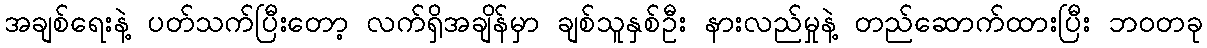
အချစ်ရေးနဲ့ ပတ်သက်ပြီးတော့ လက်ရှိအချိန်မှာ ချစ်သူနှစ်ဦး နားလည်မှုနဲ့ တည်ဆောက်ထားပြီး ဘဝတခု